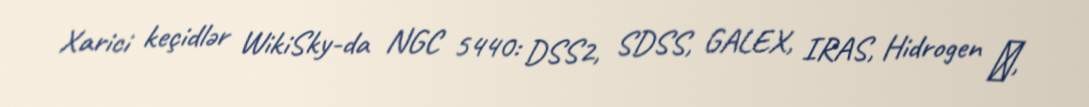
Xarici keçidlər WikiSky-da NGC 5440: DSS2, SDSS, GALEX, IRAS, Hidrogen α,